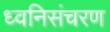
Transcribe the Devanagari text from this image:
ध्वनिसंचरण